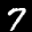
Label: 7